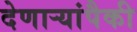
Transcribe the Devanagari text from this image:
देणार्‍यांपैकी